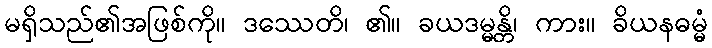
မရှိသည်၏အဖြစ်ကို။ ဒဿေတိ၊ ၏။ ခယဒမ္မန္တိ၊ ကား။ ခိယနဓမ္မံ